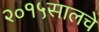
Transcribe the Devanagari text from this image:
२०१५सालचे